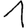
Digit: 1